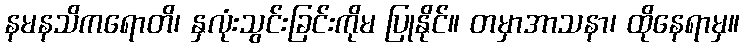
နမနသိကရောတိ၊ နှလုံးသွင်းခြင်းကိုမ ပြုနိုင်။ တမှာအာသနာ၊ ထိုနေရာမှ။